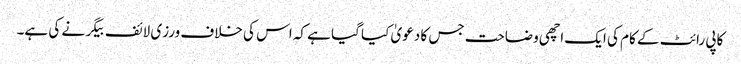
کاپی رائٹ کے کام کی ایک اچھی وضاحت جس کا دعویٰ کیا گیا ہے کہ اس کی خلاف ورزی لائف بیگر نے کی ہے۔